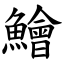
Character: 鱠